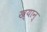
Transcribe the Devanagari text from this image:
ख्यान्